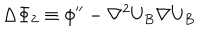
\Delta \Phi _ { 2 } \equiv \phi ^ { \prime \prime } - \nabla ^ { 2 } U _ { B } \nabla U _ { B }